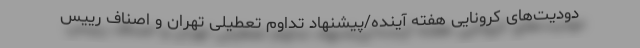
دودیت‌های کرونایی هفته آینده/پیشنهاد تداوم تعطیلی تهران و اصناف رییس